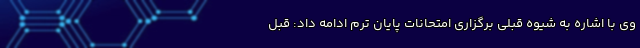
وی با اشاره به شیوه قبلی برگزاری امتحانات پایان ترم ادامه داد: قبل